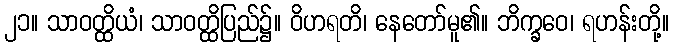
၂၁။ သာဝတ္ထိယံ၊ သာဝတ္ထိပြည်၌။ ဝိဟရတိ၊ နေတော်မူ၏။ ဘိက္ခဝေ၊ ရဟန်းတို့။